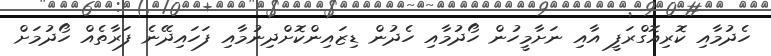
ހެދުމާއި ކޮރިއޮގްރަފީ އާއި ނަށާމީހުން ހޯދުމާއި ހެދުން ޑިޒައިންކޮށްދިނުމާއި ފަހައިދޭނެ ފަރާތެއް ހޯދުމަށް